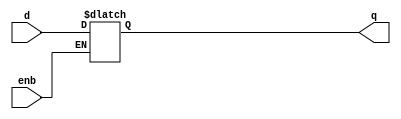
`timescale 1ns / 1ps
//////////////////////////////////////////////////////////////////////////////////
// Company: 
// Engineer: 
// 
// Design Name: 
// Module Name: D_LATCH
// Project Name: 
// Target Devices: 
// Tool Versions: 
// Description: 
// 
// Dependencies: 
// 
// Revision:
// Revision 0.01 - File Created
// Additional Comments:
// 
//////////////////////////////////////////////////////////////////////////////////


module D_LATCH(input enb,d,output reg q );

always@(enb or d)begin
if (enb)
q<=d;
end
endmodule